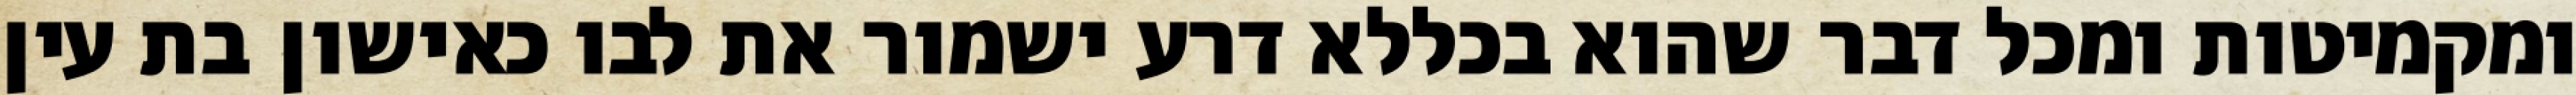
ומקמיטות ומכל דבר שהוא בכללא דרע ישמור את לבו כאישון בת עין